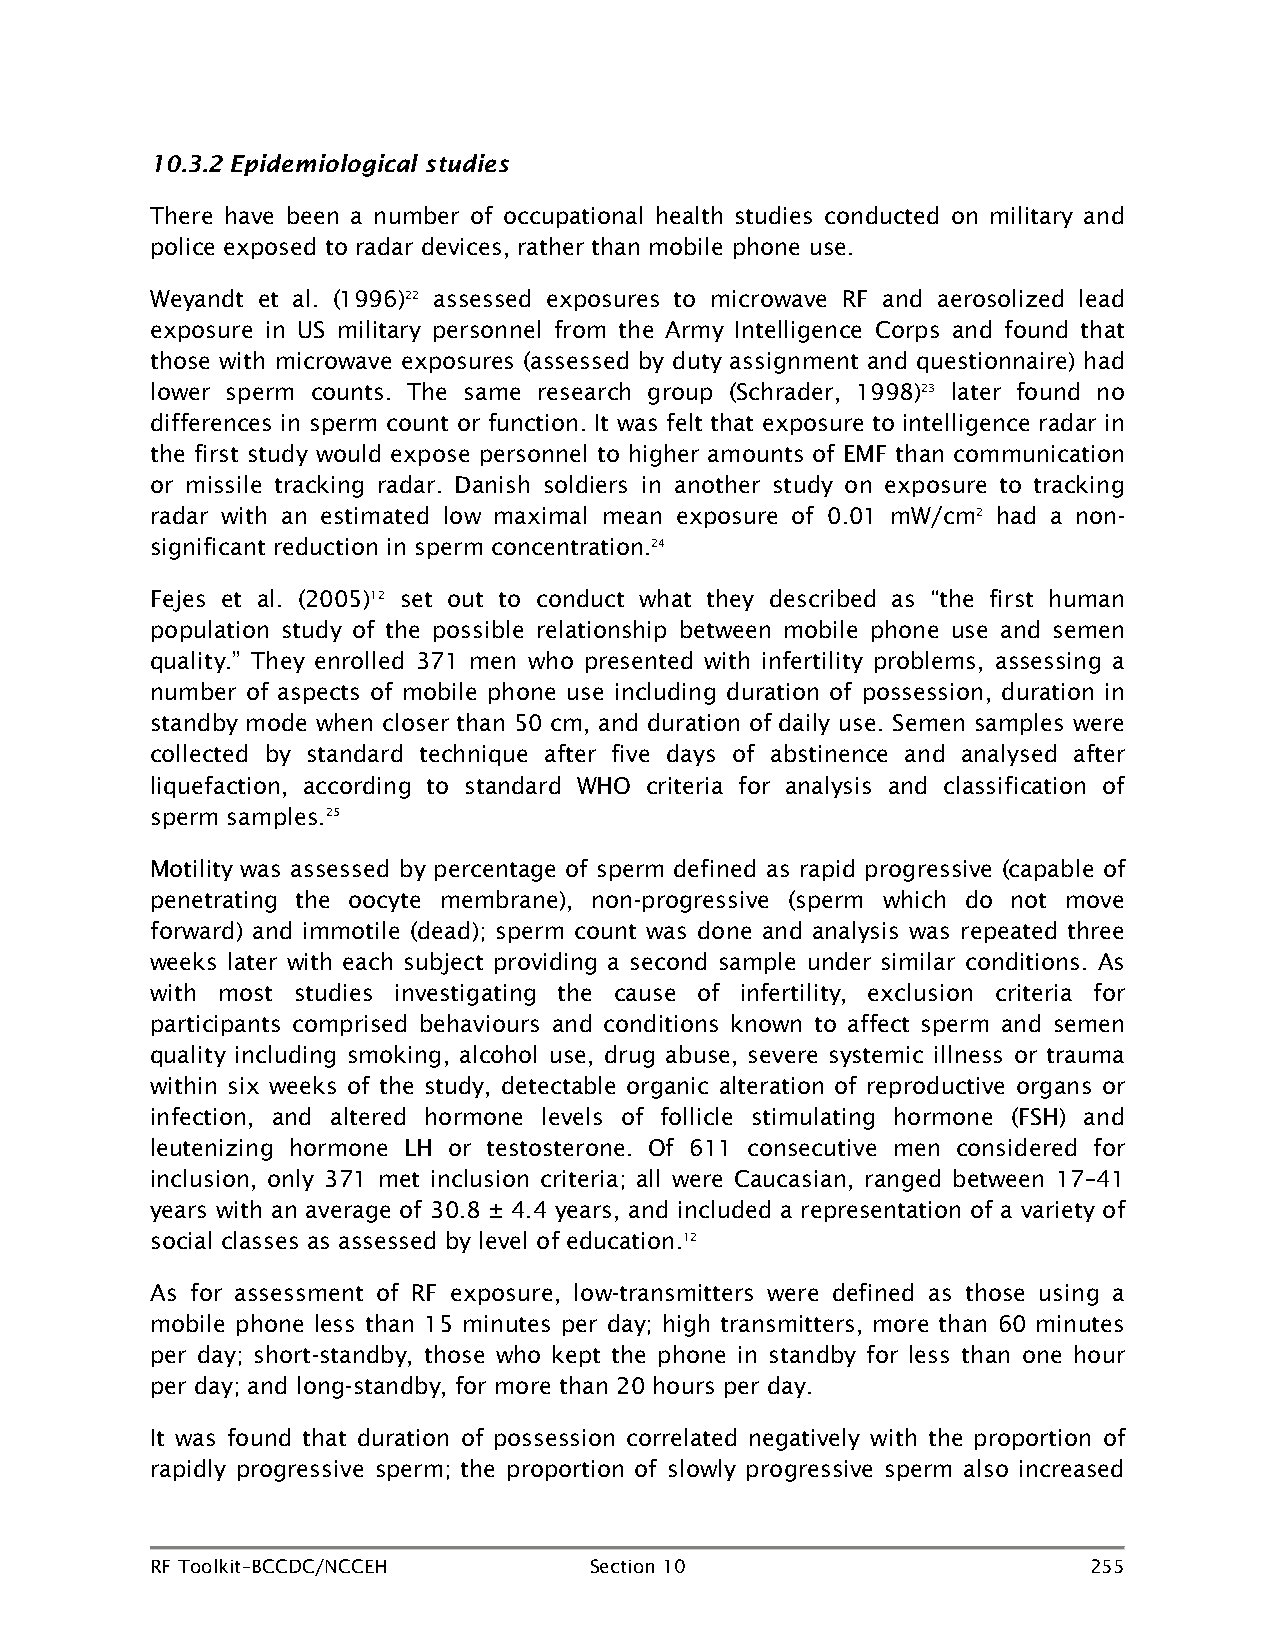
10.3.2 Epidemiological studies
 There have been a number of occupational health studies conducted on military and
 police exposed to radar devices, rather than mobile phone use.
 Weyandt et al. (1996)22 assessed exposures to microwave RF and aerosolized lead
 exposure in US military personnel from the Army Intelligence Corps and found that
 those with microwave exposures (assessed by duty assignment and questionnaire) had
 lower sperm counts. The same research group (Schrader, 1998)23 later found no
 differences in sperm count or function. It was felt that exposure to intelligence radar in
 the first study would expose personnel to higher amounts of EMF than communication
 or missile tracking radar. Danish soldiers in another study on exposure to tracking
 radar with an estimated low maximal mean exposure of 0.01 mW/cm2 had a non-
 significant reduction in sperm concentration.24
 Fejes et al. (2005)12 set out to conduct what they described as “the first human
 population study of the possible relationship between mobile phone use and semen
 quality.” They enrolled 371 men who presented with infertility problems, assessing a
 number of aspects of mobile phone use including duration of possession, duration in
 standby mode when closer than 50 cm, and duration of daily use. Semen samples were
 collected by standard technique after five days of abstinence and analysed after
 liquefaction, according to standard WHO criteria for analysis and classification of
 sperm samples.25
 Motility was assessed by percentage of sperm defined as rapid progressive (capable of
 penetrating the oocyte membrane), non-progressive (sperm which do not move
 forward) and immotile (dead); sperm count was done and analysis was repeated three
 weeks later with each subject providing a second sample under similar conditions. As
 with most studies investigating the cause of infertility, exclusion criteria for
 participants comprised behaviours and conditions known to affect sperm and semen
 quality including smoking, alcohol use, drug abuse, severe systemic illness or trauma
 within six weeks of the study, detectable organic alteration of reproductive organs or
 infection, and altered hormone levels of follicle stimulating hormone (FSH) and
 leutenizing hormone LH or testosterone. Of 611 consecutive men considered for
 inclusion, only 371 met inclusion criteria; all were Caucasian, ranged between 17–41
 years with an average of 30.8 ± 4.4 years, and included a representation of a variety of
 social classes as assessed by level of education.12
 As for assessment of RF exposure, low-transmitters were defined as those using a
 mobile phone less than 15 minutes per day; high transmitters, more than 60 minutes
 per day; short-standby, those who kept the phone in standby for less than one hour
 per day; and long-standby, for more than 20 hours per day.
 It was found that duration of possession correlated negatively with the proportion of
 rapidly progressive sperm; the proportion of slowly progressive sperm also increased
 RF Toolkit–BCCDC/NCCEH       Section 10                       255